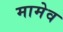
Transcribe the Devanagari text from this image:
मामेव